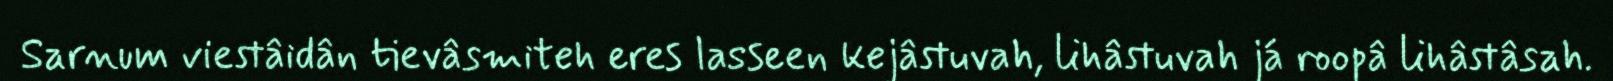
Sarnum viestâidân tievâsmiteh eres lasseen kejâstuvah, lihâstuvah já roopâ lihâstâsah.